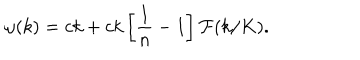
LaTeX: \omega ( k ) = c k + c k \left[ { \frac { 1 } { n } } - 1 \right] { \cal F } ( k / K ) .